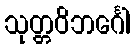
သုတ္တဝိဘင်္ဂေါ